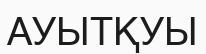
АУЫТҚУЫ